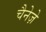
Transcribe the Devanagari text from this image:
चैनेज़े